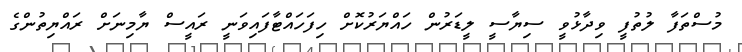
މުސްތަފާ ލުތުފީ ވިދާޅުވީ ސިޔާސީ ލީޑަރުން ހައްޔަރުކޮށް ހިފަހައްޓާފައިވަނީ ރައީސް ޔާމިނަށް ރައްޔިތުންގެ